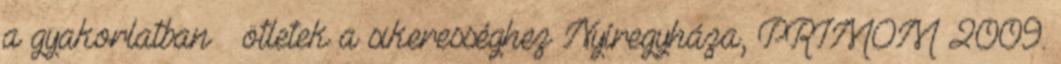
a gyakorlatban – ötletek a sikerességhez Nyíregyháza, PRIMOM 2009.